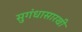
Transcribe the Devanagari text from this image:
सुगंधासारखी